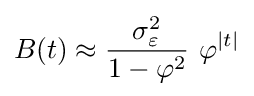
B(t)\approx {\frac {\sigma _{\varepsilon }^{2}}{1-\varphi ^{2}}}\,\,\varphi ^{|t|}